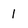
Character: 1